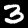
Digit: 3